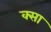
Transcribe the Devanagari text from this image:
क्सा